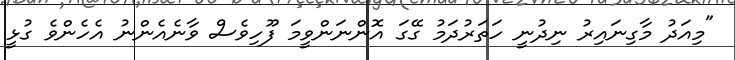
"މިއަދު މާގިނައިރު ނިދުނީ ހަތަރުދަމު ގޭގަ އޮންނަންވީމަ ފޫހިވެސް ވާނެއެންނު އެހެންވެ ގުޅީ